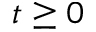
t \geq 0